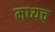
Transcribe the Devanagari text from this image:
मध्यच